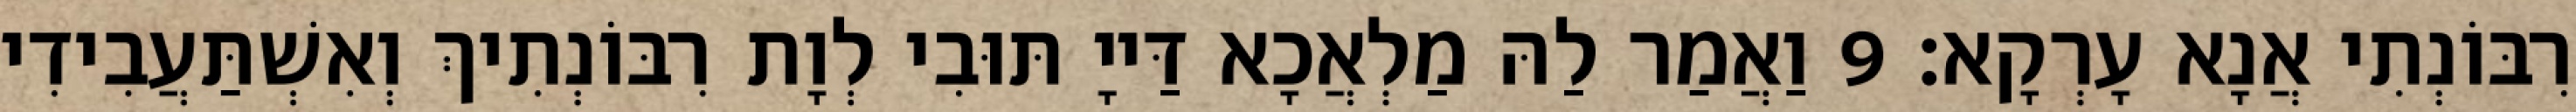
רִבּוֹנְתִי אֲנָא עָרְקָא׃ 9 וַאֲמַר לַהּ מַלְאֲכָא דַּייָ תּוּבִי לְוָת רִבּוֹנְתִיךְ וְאִשְׁתַּעֲבִידִי